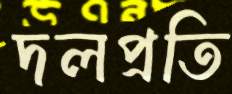
দলপ্রতি